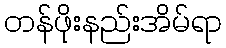
တန်ဖိုးနည်းအိမ်ရာ